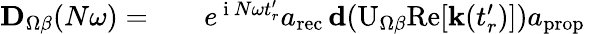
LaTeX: \begin{array}{rlr}{\mathbf{D}_{\Omega\beta}(N\omega)=}&{{}}&{e^{\mathrm{~i~}N\omega t_{r}^{\prime}}a_{\mathrm{rec}}\, \mathbf{d}(\mathrm{U}_{\Omega\beta}\mathrm{Re}[\mathbf{k}(t_{r}^{\prime})])a_{\mathrm{prop}}\, }\end{array}